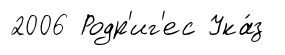
2006 Родр'иг'ес Ука́з